Vaccination in Bombay 1869-1873 - 1869-1873
Year: 1869
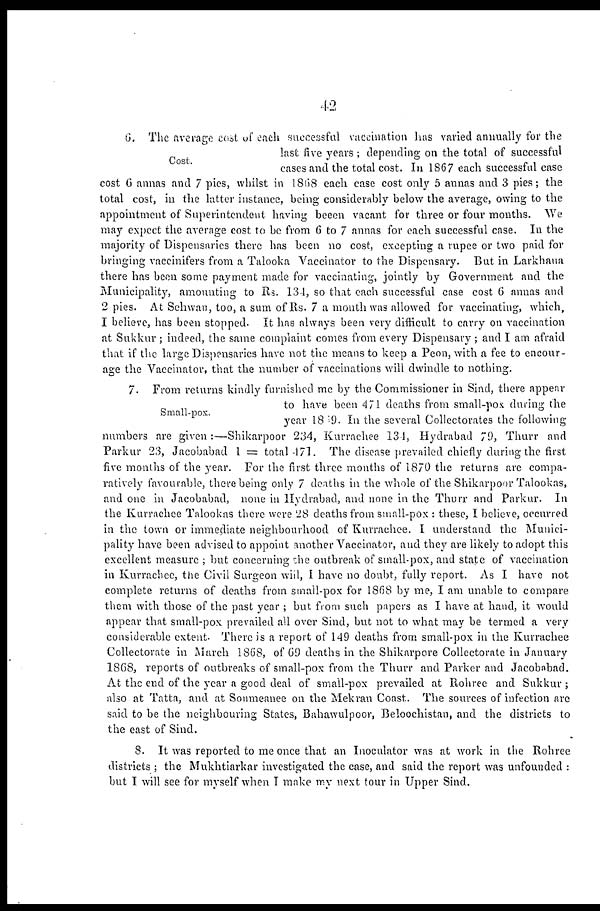
42
Cost,
6. The average cost of each successful vaccination has varied annually for the
last five years ; depending on the total of successful
cases and the total cost. In 1867 each successful case
cost 6 annas and 7 pies, whilst in 1868 each case cost only 5 annas and 3 pies; the
total cost, in the latter instance, being considerably below the average, owing to the
appointment of Superintendent having been vacant for three or four months. We
may expect the average cost to be from 6 to 7 annas for each successful case. In the
majority of Dispensaries there has been no cost, excepting a rupee or two paid for
bringing vaccinifers from a Talooka Vaccinator to the Dispensary. But in Larkhaua
there has been some payment made for vaccinating, jointly by Government and the
Municipality, amounting to Rs. 134, so that each successful case cost 6 annas and
2 pies. At Sehwan, too, a sum of Rs. 7 a month was allowed for vaccinating, which,
I believe, has been stopped. It has always been very difficult to carry on vaccination
at Sukkur ; indeed, the same complaint comes from every Dispensary; and I am afraid
that if the large Dispensaries have not the means to keep a Peon, with a fee to encour-
age the Vaccinator, that the number of vaccinations will dwindle to nothing.
Small-pox.
7. From returns kindly furnished me by the Commissioner in Sind, there appear
to have been 471 deaths from small-pox during the
year 1849. In the several Collectorates the following
numbers are given :—Shikarpoor 234, Kurrachee 13-1, Hydrabad 79, Thurr and
Parkur 23, Jacobabad 1 = total 471. The disease prevailed chiefly during the first
five months of the year. For the first three months of 1870 the returns are compa-
ratively favourable, there being only 7 deaths in the whole of the Shikarpoor Talookas,
and one in Jacobabad, none in Hydrabad, and none in the Thurr and Parkur. In
the Kurrachee Talookas there were 28 deaths from small-pox : these, I believe, occurred
in the town or immediate neighbourhood of Kurrachee. I understand the Munici-
pality have been advised to appoint another Vaccinator, and they are likely to adopt this
excellent measure ; but concerning the outbreak of small-pox, and state of vaccination
in Kurrachee, the Civil Surgeon will, I have no doubt, fully report. As I have not
complete returns of deaths from small-pox for 1868 by me, I am unable to compare
them with those of the past year ; but from such papers as I have at hand, it would
appear that small-pox prevailed all over Sind, but not to what may be termed a very
considerable extent. There is a report of 149 deaths from small-pox in the Kurrachee
Collectorate in March 1868, of 69 deaths in the Shikarpore Collectorate in January
1868, reports of outbreaks of small-pox from the Thurr and Parker and Jacobabad.
At the end of the year a good deal of small-pox prevailed at Rohree and Sukkur ;
also at Tatta, and at Sonmeanee on the Mekran Coast. The sources of infection are
said to be the neighbouring States, Bahawulpoor, Beloochistan, and the districts to
the east of Sind.
8. It was reported to me once that an Inoculator was at work in the Rohree
districts ; the Mukhtiarkar investigated the case, and said the report was unfounded :
but I will see for myself when I make my next tour in Upper Sind.